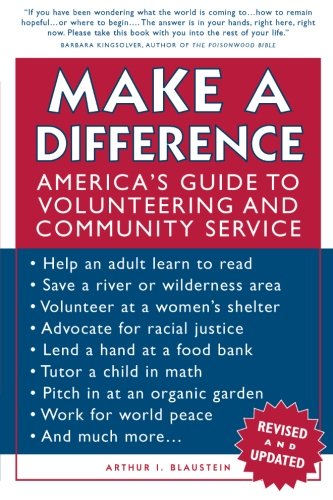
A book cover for Make a Difference: America's Guide to Volunteering and Community Service; Arthur I. Blaustein; Business & Money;